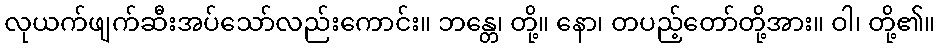
လုယက်ဖျက်ဆီးအပ်သော်လည်းကောင်း။ ဘန္တေ၊ တို့။ နော၊ တပည့်တော်တို့အား။ ဝါ၊ တို့၏။